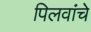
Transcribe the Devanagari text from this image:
पिलवांचे